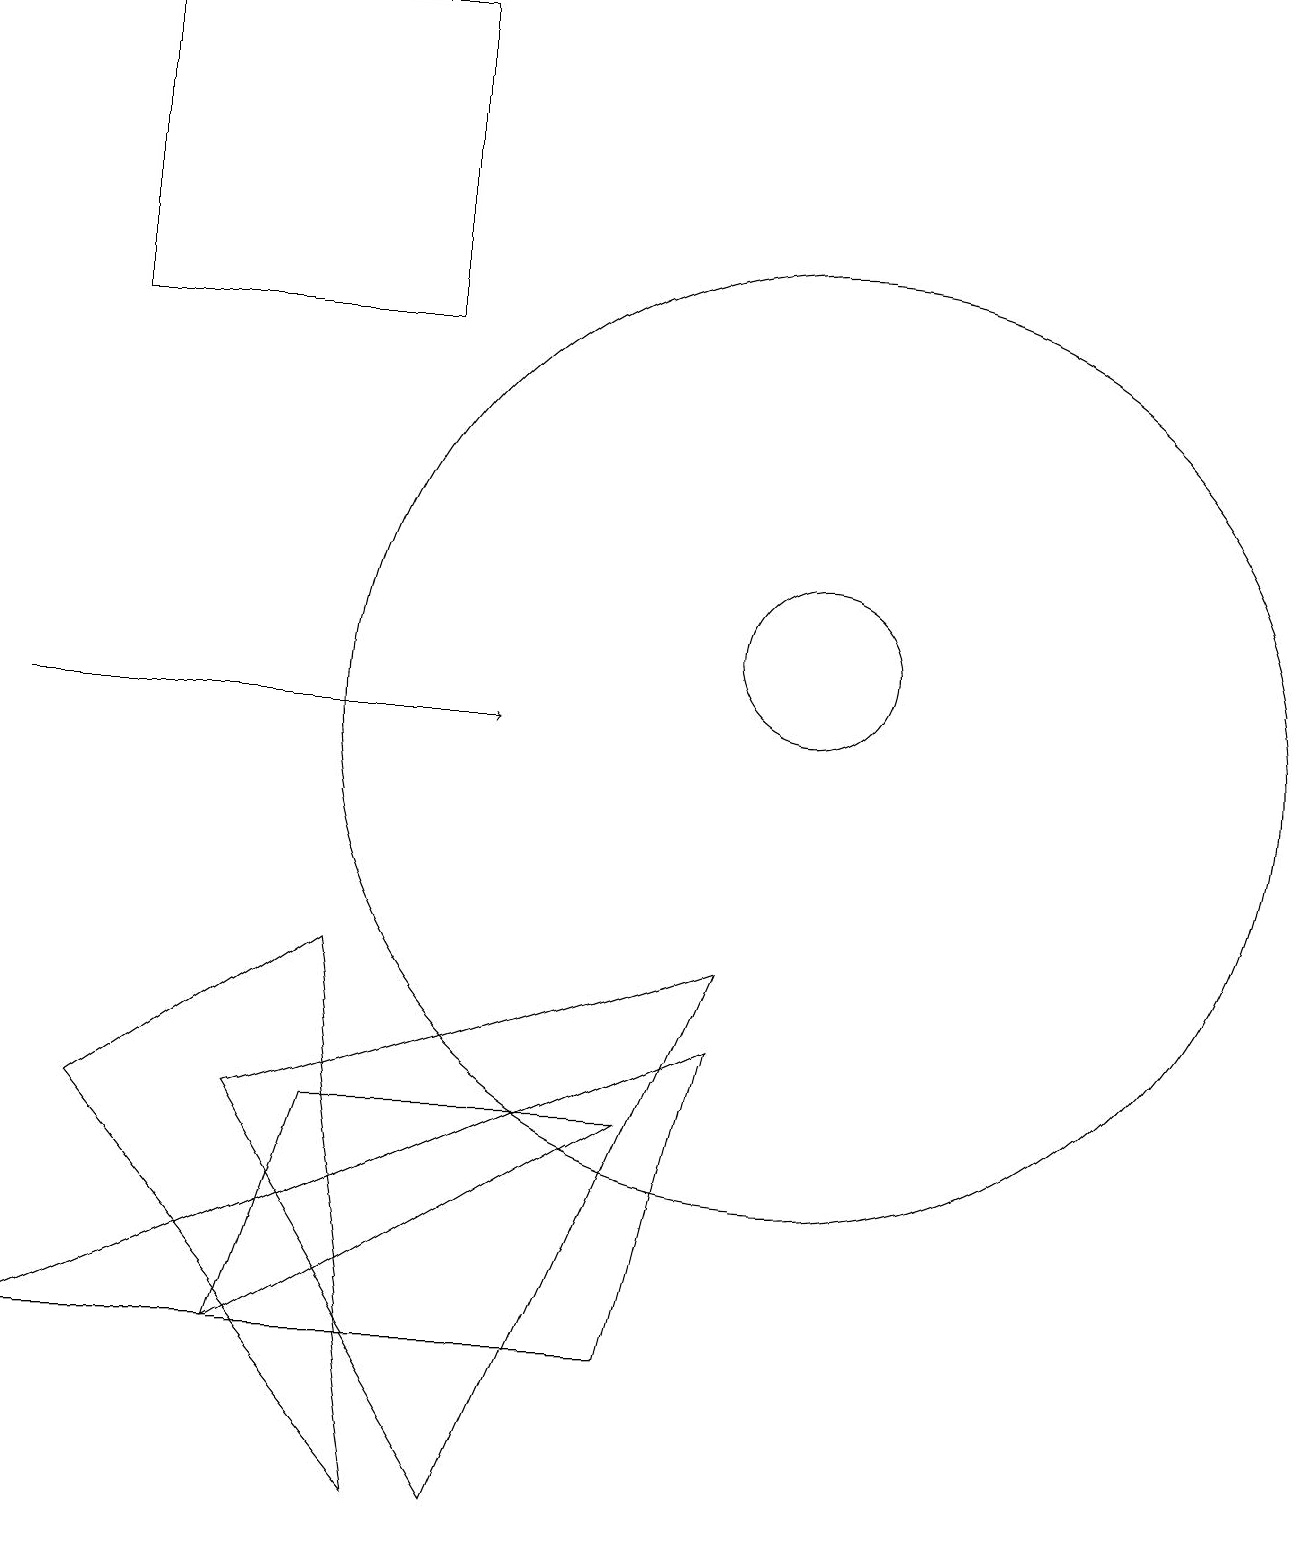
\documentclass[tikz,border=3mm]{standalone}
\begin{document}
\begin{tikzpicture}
\draw[->] (0,10) -- (6,10);
\draw (10,10) circle (6);
\draw (4,7) -- (5,0) -- (1,5) -- cycle;
\draw (9,6) -- (8,2) -- (0,2) -- cycle;
\draw (1,19) rectangle (5,15);
\draw (10,11) circle (1);
\draw (9,7) -- (6,0) -- (3,5) -- cycle;
\draw (8,5) -- (4,5) -- (3,2) -- cycle;
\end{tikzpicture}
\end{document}